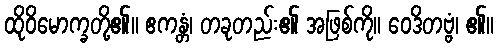
ထိုဝိမောက္ခတို့၏။ ဧကန္တံ၊ တခုတည်း၏ အဖြစ်ကို။ ဝေဒိတဗ္ဗံ၊ ၏။